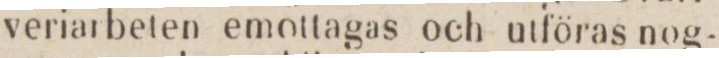
veriarbeten emottagas och utföras nog-